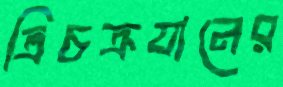
ত্রিচক্রযানের